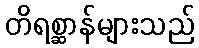
တိရစ္ဆာန်များသည်